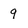
Character: q